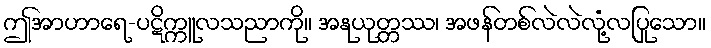
ဤအာဟာရေ-ပဋိက္ကူလသညာကို။ အနုယုတ္တဿ၊ အဖန်တစ်လဲလဲလုံ့လပြုသော။